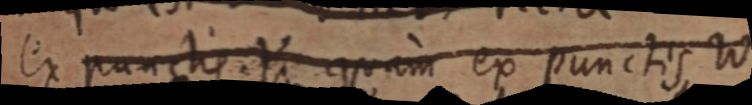
ex punctis. Y quam ex punctis W